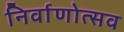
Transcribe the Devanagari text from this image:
निर्वाणोत्सव